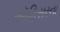
ઑફિસરના